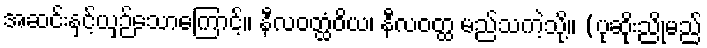
အဆင်းနှင့်ယှဉ်သောကြောင့်။ နီလဝတ္ထံဝိယ၊ နီလဝတ္ထ မည်သကဲ့သို့။ (ပုဆိုးညိုမည်